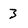
Character: 3